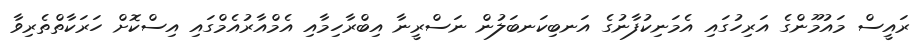
ރައީސް މައުމޫންގެ އަރިހުގައި އެމަނިކުފާނުގެ އަނބިކަނބަލުން ނަސްރީނާ އިބްރާހިމާއި އެމްއާރުއެމްގައި އިސްކޮށް ހަރަކާތްތެރިވާ